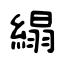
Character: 䌈